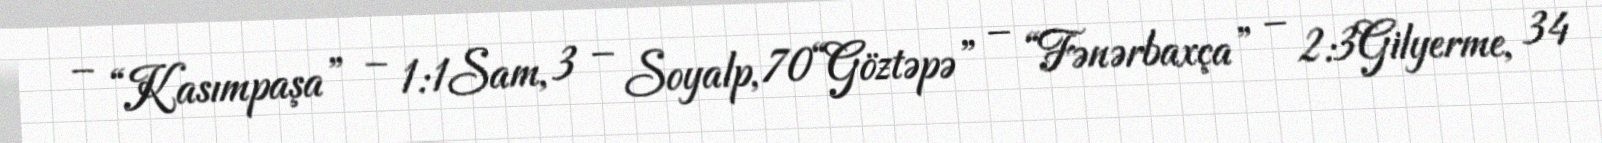
– “Kasımpaşa” – 1:1Sam, 3 – Soyalp, 70“Göztəpə” – “Fənərbaxça” – 2:3Gilyerme, 34